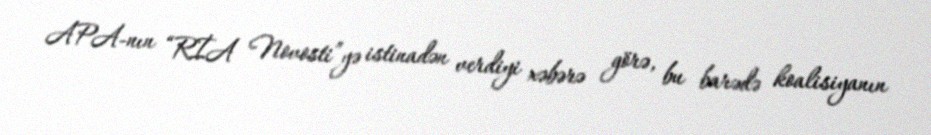
APA-nın “RİA Novosti”yə istinadən verdiyi xəbərə görə, bu barədə koalisiyanın